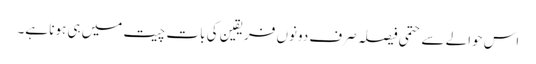
اس حوالے سے حتمی فیصلہ صرف دونوں فریقین کی بات چیت میں ہی ہونا ہے۔